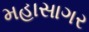
મહાસાગર